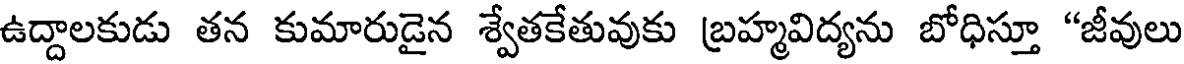
ఉద్దాలకుడు తన కుమారుడైన శ్వేతకేతువుకు బ్రహ్మవిద్యను బోధిస్తూ "జీవులు